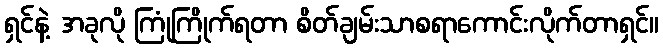
ရှင်နဲ့ အခုလို ကြုံကြိုက်ရတာ စိတ်ချမ်းသာစရာကောင်းလိုက်တာရှင်။